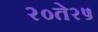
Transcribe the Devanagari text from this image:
२०ते२५